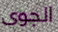
الجوى